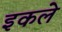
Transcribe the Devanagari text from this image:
इकले